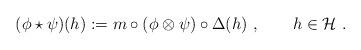
LaTeX: \begin{align*}(\phi \star \psi)(h) := m \circ (\phi \otimes \psi) \circ \Delta (h)~,\qquad h \in \mathcal{H}~.\end{align*}